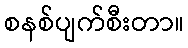
စနစ်ပျက်စီးတာ။